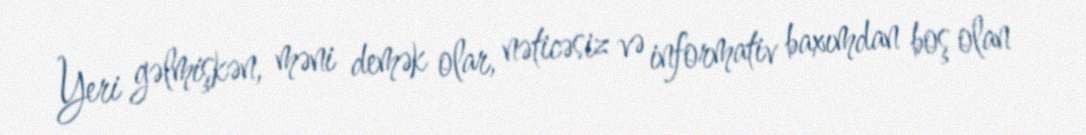
Yeri gəlmişkən, məni demək olar, nəticəsiz və informativ baxımdan boş olan